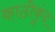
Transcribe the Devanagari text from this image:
काठीकुंद